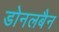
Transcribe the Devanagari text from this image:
डोनलबैन